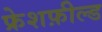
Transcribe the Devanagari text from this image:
फ्रेशफ़ील्ड